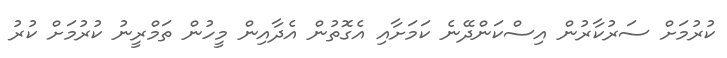
ކުރުމަށް ސަރުކާރުން އިސްކަންދޭނެ ކަމަށާއި އެގޮތުން އެދާއިން މީހުން ތަމްރީނު ކުރުމަށް ކުރު